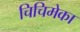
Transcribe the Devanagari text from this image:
चिचिमेका